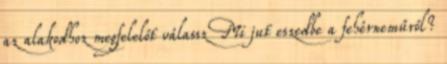
az alakodhoz megfelelőt válassz Mi jut eszedbe a fehérneműről?